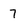
Character: 7